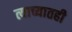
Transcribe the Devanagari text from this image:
त्याच्यातही